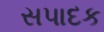
સપાદક